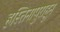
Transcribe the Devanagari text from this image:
हस्तिनापुराहून